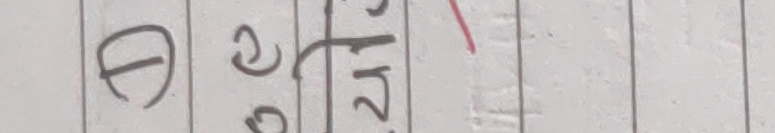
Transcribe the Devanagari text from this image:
θ २८ ता